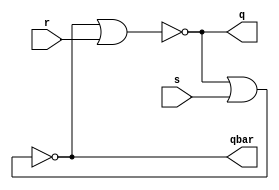
///////////////////////////////////////////
/// Design  : NOR Latch - Structural
/// College	: Anna University, MIT campus
///////////////////////////////////////////

module NorLatch(s,r,q,qbar);
input s,r;
output q,qbar;
nor n1 (q,qbar,r);
nor n2 (qbar,q,s);
endmodule